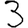
Digit: 3